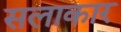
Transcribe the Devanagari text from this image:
सलाकार